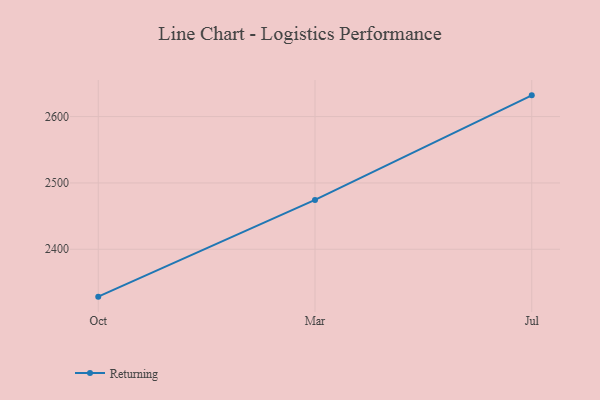
{"axis": {"x": "Month", "y": "Population (Million)"}, "legend": ["Returning"], "data": [{"x": "Oct", "y": 2328.6, "type": "Returning"}, {"x": "Mar", "y": 2474.4, "type": "Returning"}, {"x": "Jul", "y": 2632.0, "type": "Returning"}]}